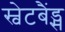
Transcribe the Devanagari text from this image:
स्वेटबैंड्स